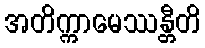
အတိက္ကာမေဿန္တီတိ